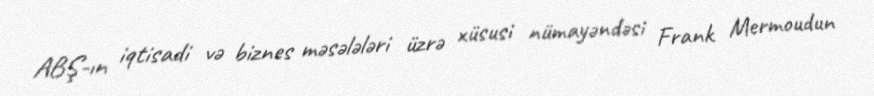
ABŞ-ın iqtisadi və biznes məsələləri üzrə xüsusi nümayəndəsi Frank Mermoudun